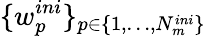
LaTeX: \{ w_{p}^{ini}\} _{p\in\{ 1,\dots,N_{m}^{ini}\} }